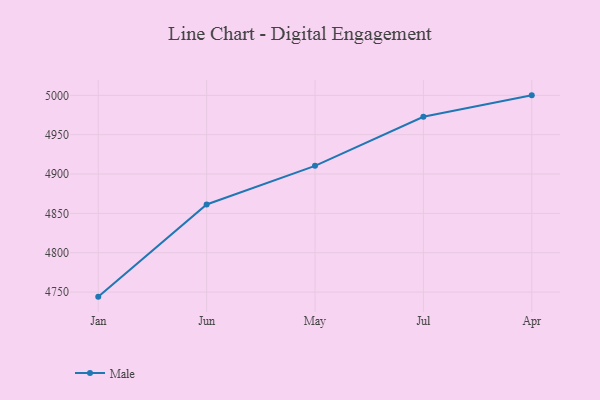
{"axis": {"x": "Month", "y": "Energy Usage (MWh)"}, "legend": ["Male"], "data": [{"x": "Jan", "y": 4744.2, "type": "Male"}, {"x": "Jun", "y": 4861.3, "type": "Male"}, {"x": "May", "y": 4910.4, "type": "Male"}, {"x": "Jul", "y": 4972.7, "type": "Male"}, {"x": "Apr", "y": 5000, "type": "Male"}]}